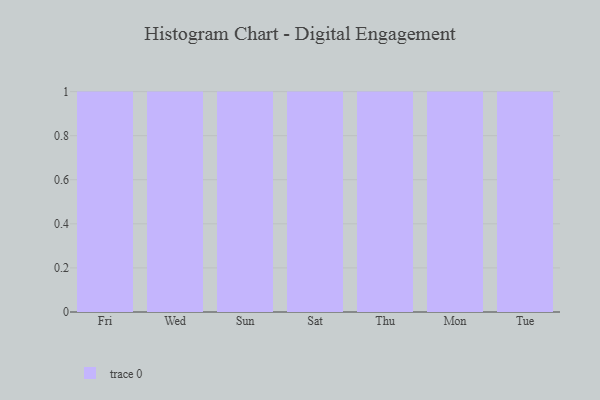
{"axis": {"x": "Day", "y": "Satisfaction Score"}, "legend": [""], "data": [{"x": "Fri", "y": 15, "type": ""}, {"x": "Wed", "y": 57, "type": ""}, {"x": "Sun", "y": 95, "type": ""}, {"x": "Sat", "y": 70, "type": ""}, {"x": "Thu", "y": 1, "type": ""}, {"x": "Mon", "y": 35, "type": ""}, {"x": "Tue", "y": 25, "type": ""}]}